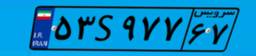
۵۰S۶۸۷۴۱